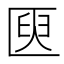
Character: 㔱